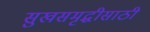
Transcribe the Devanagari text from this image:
सुखसमृद्धीसाठी